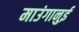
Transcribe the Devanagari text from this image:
माउंगानुई